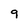
Character: q